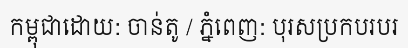
កម្ពុជាដោយ: ចាន់តូ / ភ្នំពេញ: បុរសប្រកបរបរ